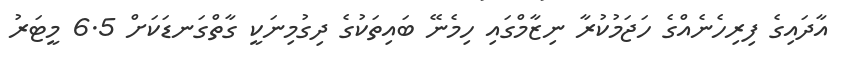
އާދައިގެ ފިރިހެނެއްގެ ހަޖަމުކުރާ ނިޒާމްގައި ހިމެނޭ ބައިތަކުގެ ދިގުމިނަކީ ގާތްގަނޑަކަށް 6.5 މީޓަރު